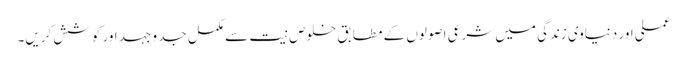
عملی اور دنیاوی زندگی میں شرعی اصولوں کے مطابق خلوصِ نیت سے مکمل جد و جہد اور کوشش کریں۔